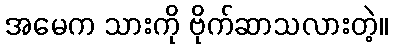
အမေက သားကို ဗိုက်ဆာသလားတဲ့။